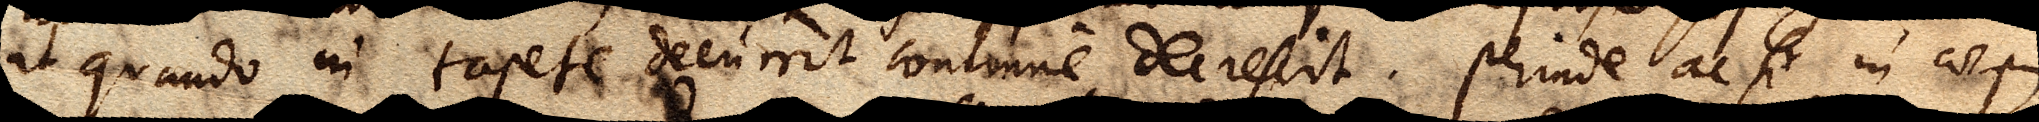
ut quando in tapete decurrit continue decrescit. perinde ac si in corpus